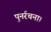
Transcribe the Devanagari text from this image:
पुनर्रचना।